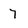
Character: 7